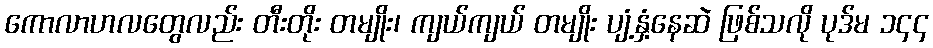
ကောလာဟလတွေလည်း တီးတိုး တမျိုး၊ ကျယ်ကျယ် တမျိုး ပျံ့နှံ့နေဆဲ ဖြစ်သလို ပုဒ်မ ၁၄၄